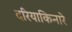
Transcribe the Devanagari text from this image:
दरियाकिनारे